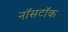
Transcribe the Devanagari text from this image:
नॉसटॉक